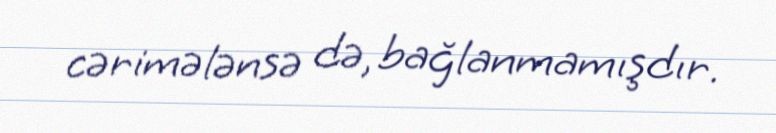
cərimələnsə də, bağlanmamışdır.